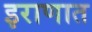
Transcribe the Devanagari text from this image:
इराणात